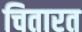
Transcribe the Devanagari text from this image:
चितारत